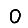
Digit: 0